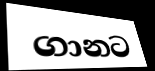
ගානට